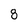
Character: 8